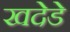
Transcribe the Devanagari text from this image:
खदेडे